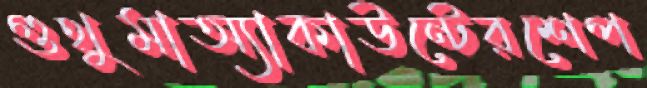
গুথুমাঅ্যাকাউন্টেরশেপ